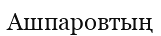
Ашпаровтың